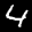
Label: 4